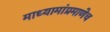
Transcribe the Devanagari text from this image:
माध्यामांप्रमाणेच